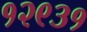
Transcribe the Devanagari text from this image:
१२९३१